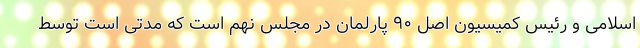
اسلامی و رئیس کمیسیون اصل ۹۰ پارلمان در مجلس نهم است که مدتی است توسط